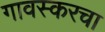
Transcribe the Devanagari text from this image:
गावस्करचा